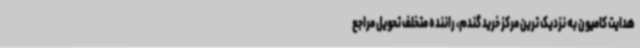
هدایت کامیون به نزدیک ترین مرکز خرید گندم، راننده متخلف تحویل مراجع